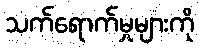
သက်ရောက်မှုများကို